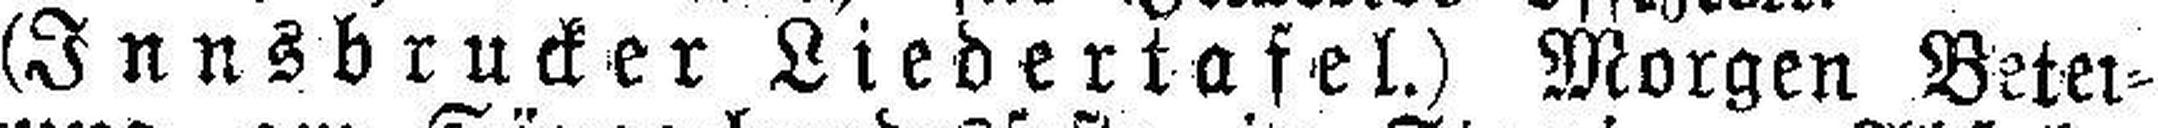
(Innsbrucker Liedertafel.) Morgen Betei¬